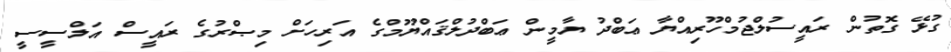
ގުޅޭ ގޮތުން ރައީސުލްޖުމްހޫރިއްޔާ ޢަބްދު ޔާމީން ޢަބްދުލްޤައްޔޫމްގެ އަރިހަށް މިޞްރުގެ ރައީސް އަލްސީސީ